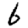
Digit: 6